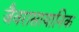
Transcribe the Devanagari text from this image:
जैवरासायानिक